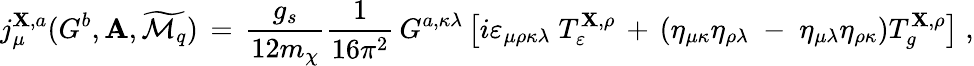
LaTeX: j_{\mu}^{\mathbf{X},a}(G^{b},{\cal{\mathbf{A}}},\widetilde{{{\cal{M}}_{q}}})\, =\, \frac{{g_{s}}}{{12m_{\chi}}}\frac{{1}}{{16\pi^{2}}}\, G^{a,\kappa\lambda}\left[i\varepsilon_{\mu\rho\kappa\lambda}\; T_{\varepsilon}^{\mathbf{X},\rho}\, +\, \left(\eta_{\mu\kappa}\eta_{\rho\lambda}\; -\; \eta_{\mu\lambda}\eta_{\rho\kappa}\right)T_{g}^{\mathbf{X},\rho}\right]\; ,